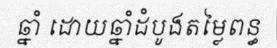
ឆ្នាំ ដោយឆ្នាំដំបូងតម្លៃពន្ធ